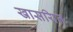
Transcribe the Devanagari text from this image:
खासयित